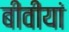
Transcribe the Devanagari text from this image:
बीवीयां